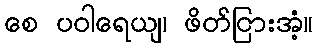
စေ ပဝါရေယျ၊ ဖိတ်ငြားအံ့။